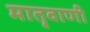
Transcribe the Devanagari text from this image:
मातृवाणी